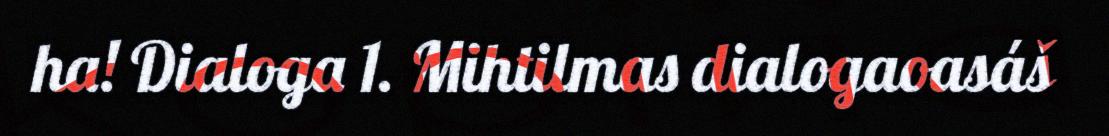
ha! Dialoga 1. Mihtilmas dialogaoasáš